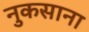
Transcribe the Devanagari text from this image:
नुकसाना